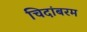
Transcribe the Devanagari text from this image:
चिदांबरम